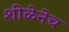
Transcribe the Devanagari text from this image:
शीळेनेच